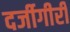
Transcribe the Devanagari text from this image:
दर्जीगीरी